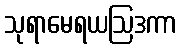
သုရာမေရယဩဒကာ